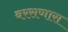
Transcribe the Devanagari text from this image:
बरसणारा